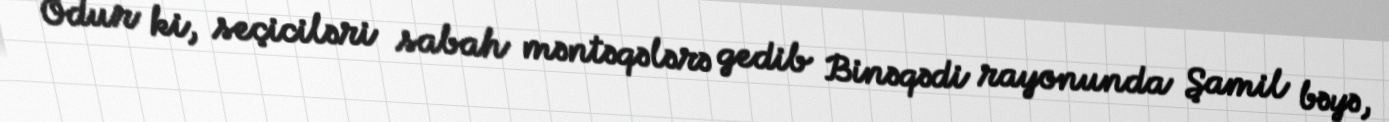
Odur ki, seçiciləri sabah məntəqələrə gedib Binəqədi rayonunda Şamil bəyə,